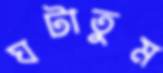
ঘটাতুম